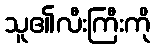
သူ၏လီးကြီးကို